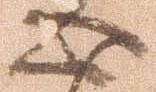
心